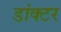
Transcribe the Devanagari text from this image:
डांक्टर